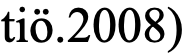
tiö.2008)